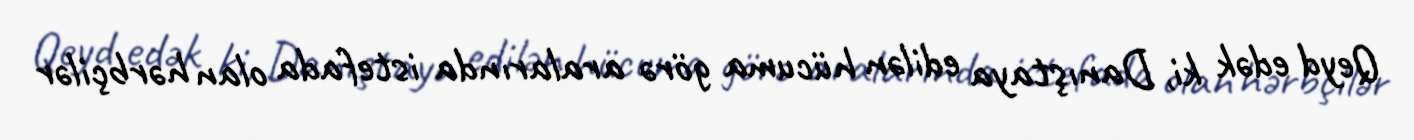
Qeyd edək ki, Danıştaya edilən hücuma görə aralarında istefada olan hərbçilər